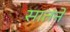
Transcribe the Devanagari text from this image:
सातने